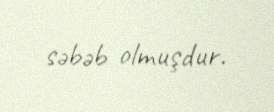
səbəb olmuşdur.